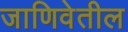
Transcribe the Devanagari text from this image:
जाणिवेतील